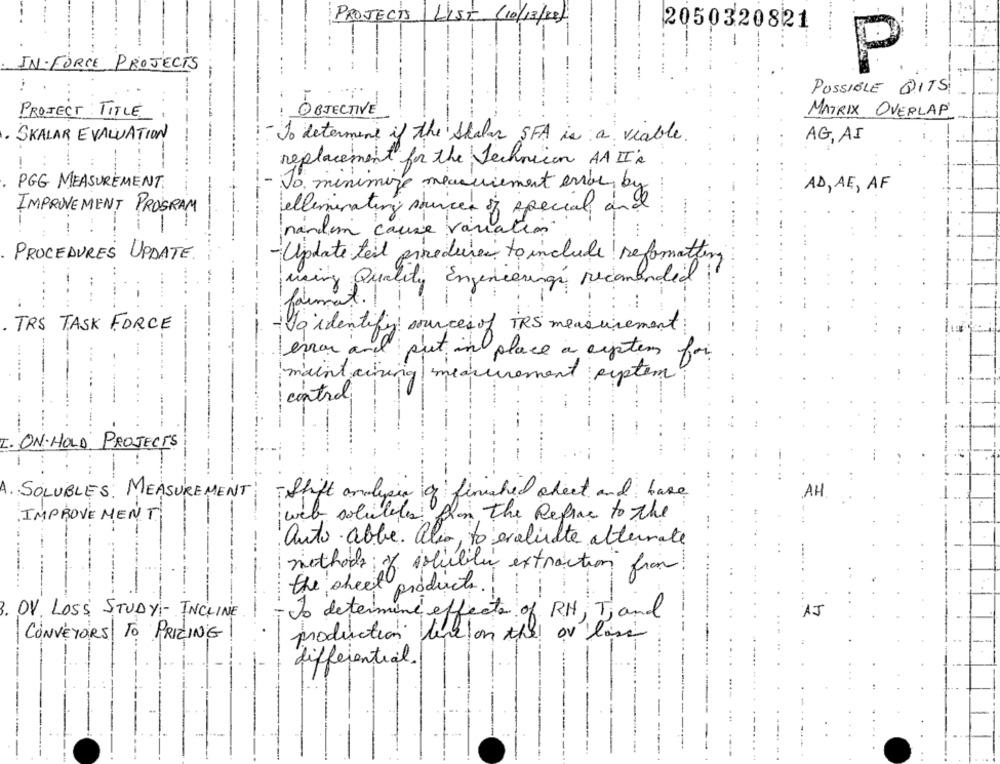
PROJECTS
IST (10/13/88)
2050320821
IN-FORCE PROJECTS
P
POSSIBLE QITS
PROJECT : TITLE
OBJECTIVE
MATRIX OVERLAP
. SKALAR EVALUATION
AG, AI
To determine if the shalar SFA is a viable.
-
replacement for the Technician AA II's
To minimize measurement error, by
PGG MEASUREMENT
AD, AE, AF
IMPROVEMENT PROGRAM
eliminating sources of special and
nandim cause variation.
Update teit pine
PROCEDURES UPDATE.
aredures to include reformatting
using Quality Engenieringi recommendid :
format .!
TRS TASK FORCE
To identify sources of TRS measurement
error and put in place a system for
maintaining measurement system
control.
I. ON-HOLD PROJECTS
A. : SOLUBLES: MEASUREMENT
- Shift analysis of finished sheet and have
AH
IMPROVEMENT
web solubles phon the Refrac to the
auto able. also, to evaluate alternate
methods of solubile extraction from
the sheet products.
. OV. LOSS STUDY- INCLINE
To determine effects of RH, Tjand
AJ
CONVEYORS TO PRICING
production line on the or lose
differential.